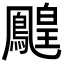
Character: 𪅔